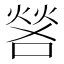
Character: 𫫎